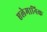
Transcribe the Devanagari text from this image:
एलेमानिक